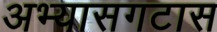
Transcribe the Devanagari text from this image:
अभ्यासगटास